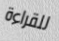
للقراءة